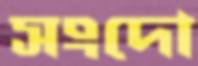
সংদো